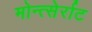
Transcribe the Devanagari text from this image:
मोन्त्सेर्राट